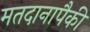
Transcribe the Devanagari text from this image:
मतदानापैकी